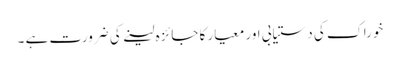
خوراک کی دستیابی اور معیار کا جائزہ لینے کی ضرورت ہے ۔